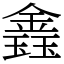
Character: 𨫎